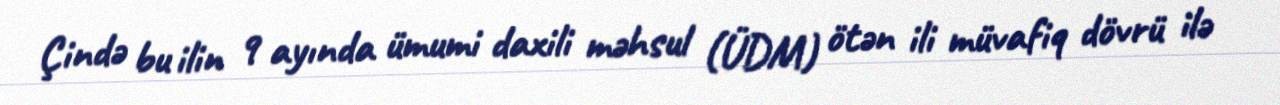
Çində bu ilin 9 ayında ümumi daxili məhsul (ÜDM) ötən ili müvafiq dövrü ilə